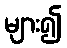
များ၍